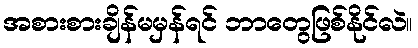
အစားစားချိန်မမှန်ရင် ဘာတွေဖြစ်နိုင်လဲ။